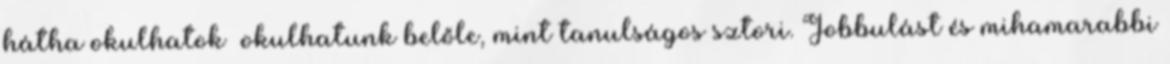
hátha okulhatok okulhatunk belőle, mint tanulságos sztori. Jobbulást és mihamarabbi